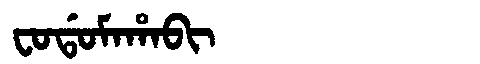
Manchu: ᠸᠣᡩᠣᠮᠠᡥᠠᠪᡳ
Romanization: FODOMAHABI